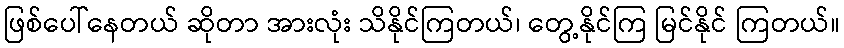
ဖြစ်ပေါ်နေတယ် ဆိုတာ အားလုံး သိနိုင်ကြတယ်၊ တွေ့နိုင်ကြ မြင်နိုင် ကြတယ်။